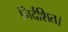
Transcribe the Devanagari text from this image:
निर्देशित।